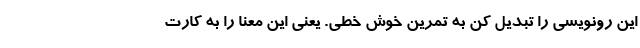
این رونویسی را تبدیل کن به تمرین خوش خطی. یعنی این معنا را به کارت